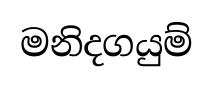
මනිදගයුම්